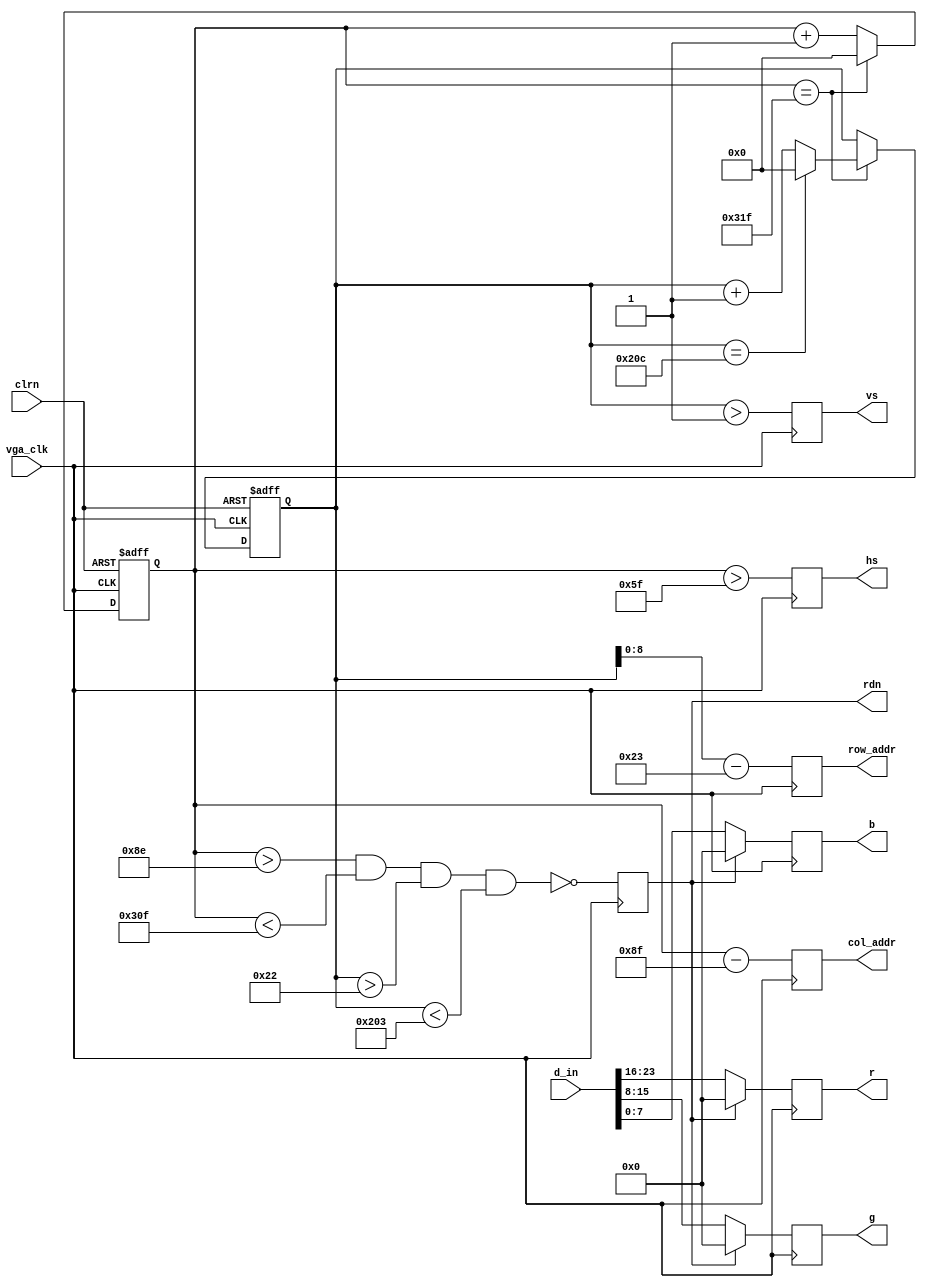
/************************************************
  The Verilog HDL code example is from the book
  Computer Principles and Design in Verilog HDL
  by Yamin Li, published by A JOHN WILEY & SONS
************************************************/
module vgac (vga_clk,clrn,d_in,row_addr,col_addr,rdn,r,g,b,hs,vs);   // vgac
    input     [23:0] d_in;       // rrrrrrrr_gggggggg_bbbbbbbb, pixel
    input            vga_clk;    // 25MHz
    input            clrn;
    output reg [8:0] row_addr;   // pixel ram row address, 480 (512) lines
    output reg [9:0] col_addr;   // pixel ram col address, 640 (1024) pixels
    output reg [7:0] r,g,b;      // red, green, blue colors, 8-bit for each
    output reg       rdn;        // read pixel RAM (active low)
    output reg       hs,vs;      // horizontal and vertical synchronization
    // h_count: vga horizontal counter (0-799 pixels)
    reg [9:0] h_count;
    always @ (posedge vga_clk or negedge clrn) begin
        if (!clrn) begin
            h_count <= 10'h0;
        end else if (h_count == 10'd799) begin
            h_count <= 10'h0;
        end else begin 
            h_count <= h_count + 10'h1;
        end
    end
    // v_count: vga vertical counter (0-524 lines)
    reg [9:0] v_count;
    always @ (posedge vga_clk or negedge clrn) begin
        if (!clrn) begin
            v_count <= 10'h0;
        end else if (h_count == 10'd799) begin
            if (v_count == 10'd524) begin
                v_count <= 10'h0;
            end else begin
                v_count <= v_count + 10'h1;
            end
        end
    end
    // signals, will be latched for outputs
    wire  [9:0] row    =  v_count - 10'd35;       // pixel ram row address 
    wire  [9:0] col    =  h_count - 10'd143;      // pixel ram col address 
    wire        h_sync = (h_count > 10'd95);      //  96 -> 799
    wire        v_sync = (v_count > 10'd1);       //   2 -> 524
    wire        read   = (h_count > 10'd142) &&   // 143 -> 782 =
                         (h_count < 10'd783) &&   //              640 pixels
                         (v_count > 10'd34)  &&   //  35 -> 514 =
                         (v_count < 10'd515);     //              480 lines
    // vga signals
    always @ (posedge vga_clk) begin
        row_addr <=  row[8:0];                    // pixel ram row address
        col_addr <=  col;                         // pixel ram col address
        rdn      <= ~read;                        // read pixel (active low)
        hs       <=  h_sync;                      // horizontal synch
        vs       <=  v_sync;                      // vertical   synch
        r        <=  rdn ? 8'h0 : d_in[23:16];    // 8-bit red
        g        <=  rdn ? 8'h0 : d_in[15:08];    // 8-bit green
        b        <=  rdn ? 8'h0 : d_in[07:00];    // 8-bit blue
    end
endmodule